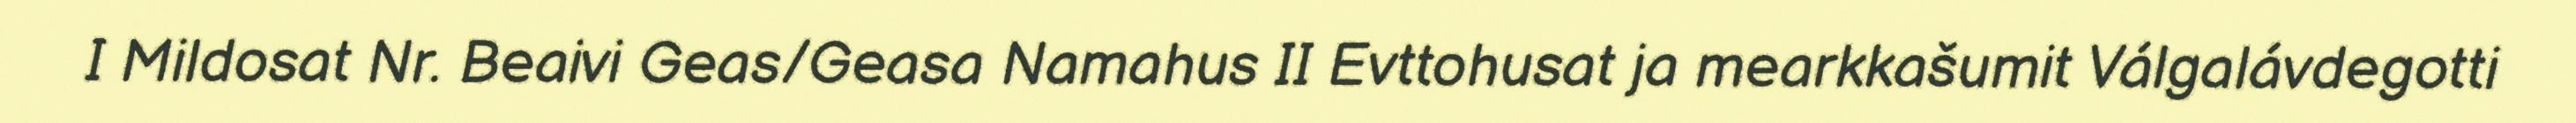
I Mildosat Nr. Beaivi Geas/Geasa Namahus II Evttohusat ja mearkkašumit Válgalávdegotti